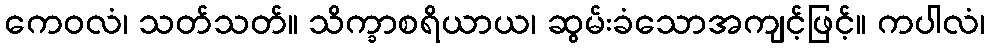
ကေဝလံ၊ သတ်သတ်။ သိက္ခာစရိယာယ၊ ဆွမ်းခံသောအကျင့်ဖြင့်။ ကပါလံ၊